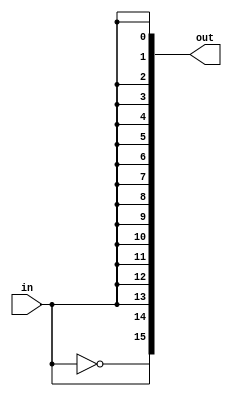
module ddc1(
	input wire in,
	output wire signed [n-1:0] out);
parameter n = 16;

genvar i;
generate
	for (i=0; i<n-1; i=i+1) begin
		assign out[i] = in;
	end
	assign out[n-1] = ~in;
endgenerate

endmodule